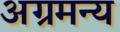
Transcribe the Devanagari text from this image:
अग्रमन्य